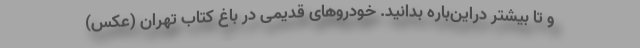
و تا بیشتر دراین‌باره بدانید. خودرو‌های قدیمی در باغ کتاب تهران (عکس)